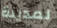
لمدينة